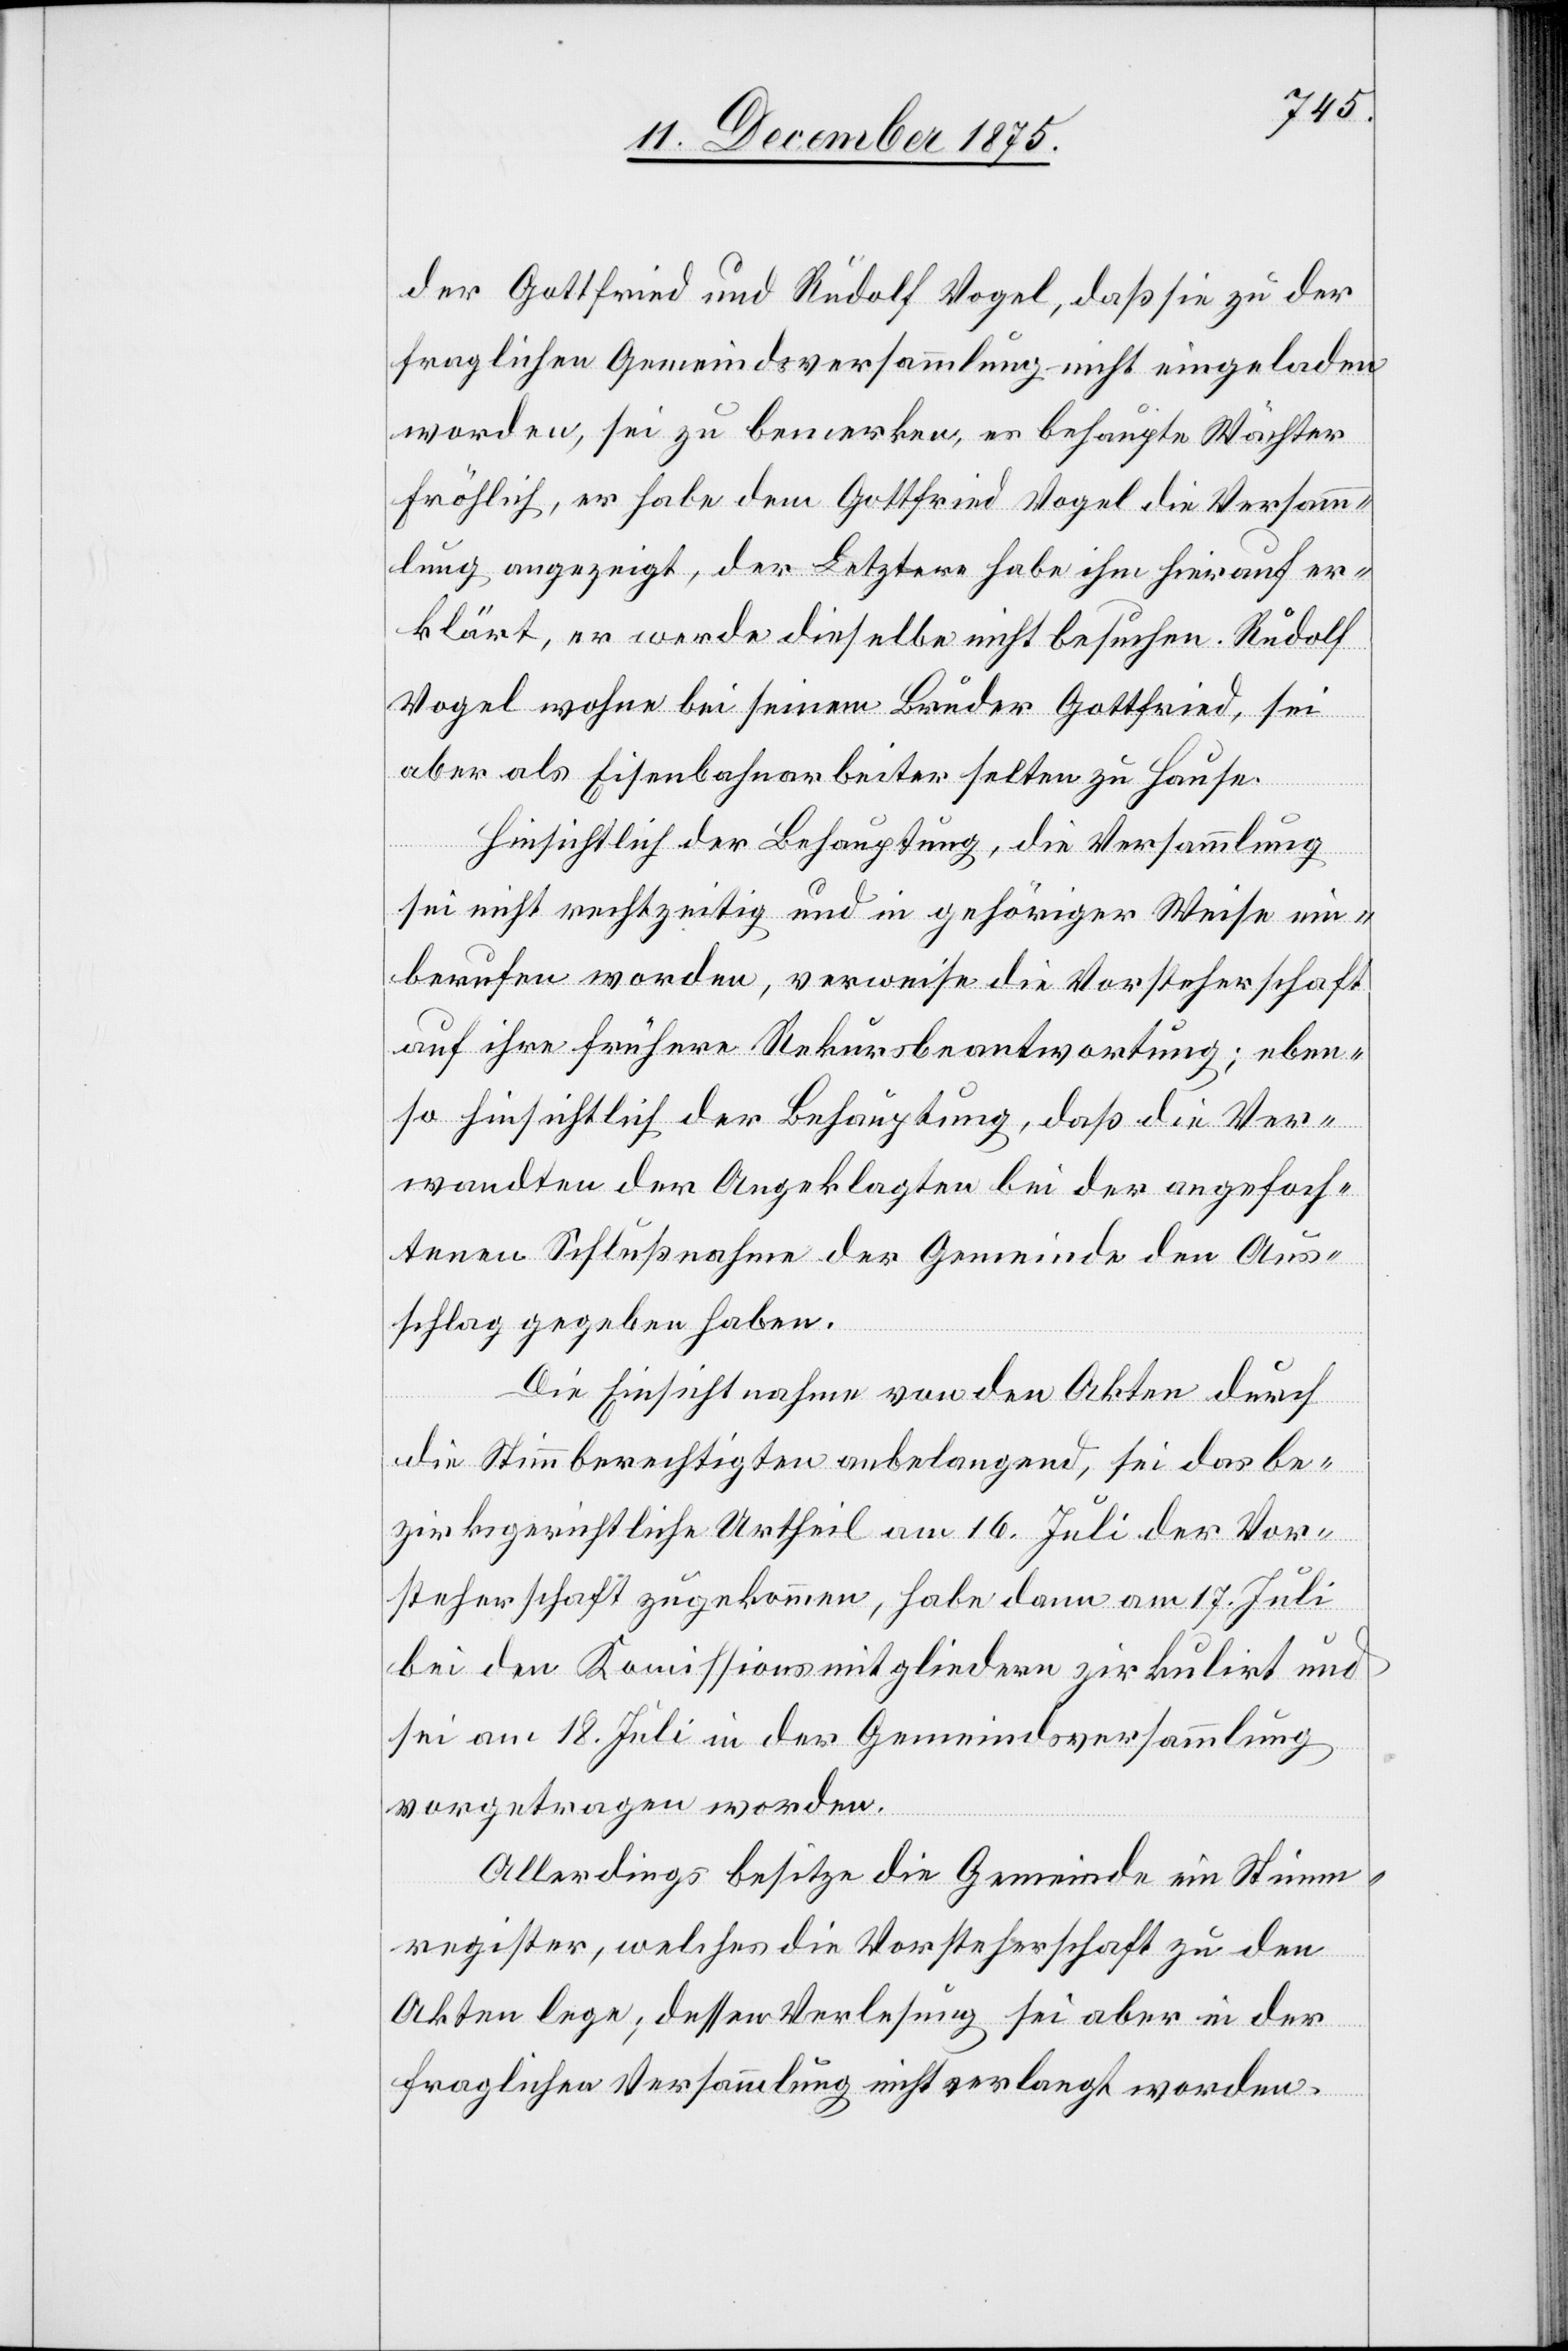
der Gottfried und Rudolf Vogel, daß sie zu der
fraglichen Gemeindsversammlung nicht eingeladen
worden, sei zu bemerken, es behaupte Wächter
Fröhlich, er habe dem Gottfried Vogel die Versamm¬
lung angezeigt, der Letztere habe ihm hierauf er¬
klärt er werde dieselbe nicht besuchen. Rudolf
Vogel wohne bei seinem Bruder Gottfried, sei
aber als Eisenbahnarbeiter selten zu Hause.
Hinsichtlich der Behauptung, die Versammlung
sei nicht rechtzeitig und in gehöriger Weise ein¬
berufen worden, verweise die Vorsteherschaft
auf ihre frühere Rekursbeantwortung; eben¬
so hinsichtlich der Behauptung, daß die Ver¬
wandten der Angeklagten bei der angefoch¬
tenen Schlußnahme der Gemeinde den Aus¬
schlag gegeben haben.
Die Einsichtnahme von den Akten durch
die Stimmberechtigten anbelangend, sei das be¬
zirksgerichtliche Urtheil am 16. Juli der Vor¬
steherschaft zugekommen, habe dann am 17. Juli
bei den Kommissionsmitgliedern zirkulirt und
sei am 18. Juli in der Gemeindsversammlung
vorgetragen worden.
Allerdings besitze die Gemeinde ein Stimm¬
register, welches die Vorsteherschaft zu den
Akten lege; dessen Verlesung sei aber in der
fraglichen Versammlung nicht verlangt worden.